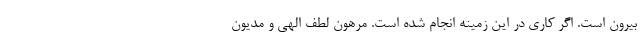
بیرون است. اگر کاری در این زمینه انجام شده است. مرهون لطف الهی و مدیون